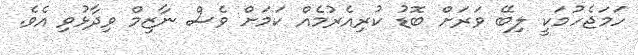
ހަމަޖެހުމަކީ ލިބޭ ވަރަށް ބޮޑު ކުރިއެރުމެއް ކަމަށް ވެސް ނާޒިމް ވިދާޅުވި އެވެ.